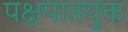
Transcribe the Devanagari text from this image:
पक्षपातयुक्त